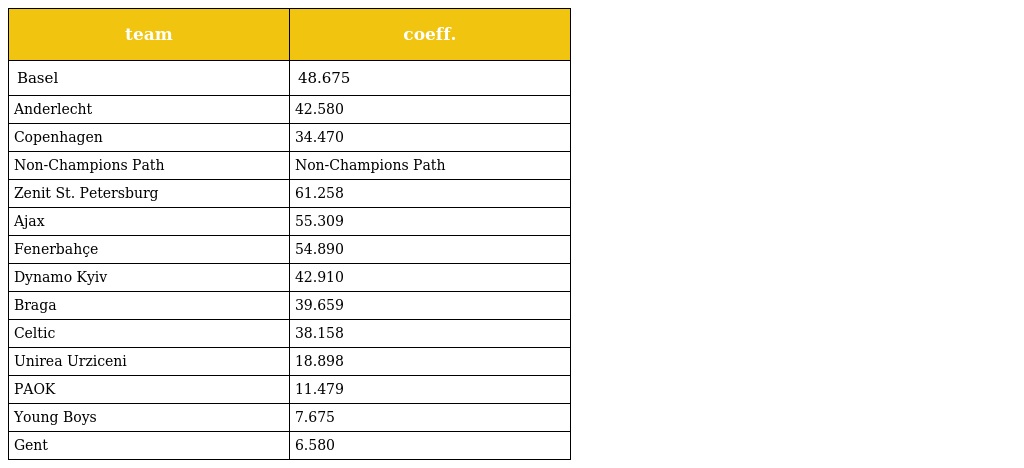
| team | coeff. |
 | --- | --- |
 | Basel | 48.675 |
 | Anderlecht | 42.580 |
 | Copenhagen | 34.470 |
 | Non-Champions Path | Non-Champions Path |
 | Zenit St. Petersburg | 61.258 |
 | Ajax | 55.309 |
 | Fenerbahçe | 54.890 |
 | Dynamo Kyiv | 42.910 |
 | Braga | 39.659 |
 | Celtic | 38.158 |
 | Unirea Urziceni | 18.898 |
 | PAOK | 11.479 |
 | Young Boys | 7.675 |
 | Gent | 6.580 |